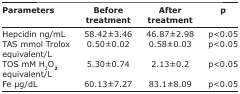
<table><thead><tr><td><b>Parameters</b></td><td><b>Before treatment</b></td><td><b>After treatment</b></td><td><b>p</b></td></tr></thead><tbody><tr><td>Hepcidin ng/mL</td><td>58.42±3.46</td><td>46.87±2.98</td><td>p&lt;0.05</td></tr><tr><td>TAS mmol Trolox equivalent/L</td><td>0.50±0.02</td><td>0.58±0.03</td><td>p&lt;0.05</td></tr><tr><td>TOS mM H<sub>2</sub>O<sub>2</sub> equivalent/L</td><td>5.30±0.74</td><td>2.13±0.2</td><td>p&lt;0.05</td></tr><tr><td>Fe μg/dL</td><td>60.13±7.27</td><td>83.1±8.09</td><td>p&lt;0.05</td></tr></tbody></table>